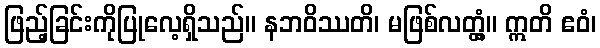
ဖြည့်ခြင်းကိုပြုလေ့ရှိသည်။ နဘဝိဿတိ၊ မဖြစ်လတ္တံ့။ ဣတိ ဧဝံ၊